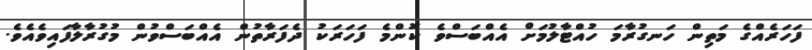
ފަހަރެއްގެ މަތިން ހަނގުރާމަ ހުއްޓާލުމަށް އެއްބަސްވެ ކޮންމެ ފަހަރަކު ދެފަރާތުން އެއްބަސްވުން މުގުރާލާފައިވެއެވެ.